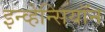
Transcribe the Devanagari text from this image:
इन्व्हेन्सियॉन